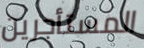
المستأجرين